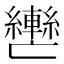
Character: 𮝲